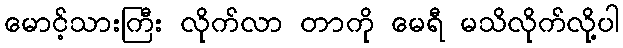
မောင့်သားကြီး လိုက်လာ တာကို မေရီ မသိလိုက်လို့ပါ